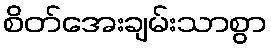
စိတ်အေးချမ်းသာစွာ